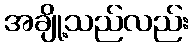
အချို့သည်လည်း